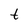
Character: t